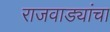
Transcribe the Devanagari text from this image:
राजवाड्यांचा